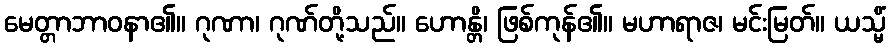
မေတ္တာဘာဝနာ၏။ ဂုဏာ၊ ဂုဏ်တို့သည်။ ဟောန္တိ၊ ဖြစ်ကုန်၏။ မဟာရာဇ၊ မင်းမြတ်။ ယသ္မိံ